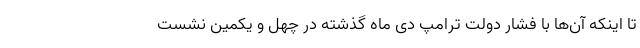
تا اینکه آن‌ها با فشار دولت ترامپ دی ماه گذشته در چهل و یکمین نشست